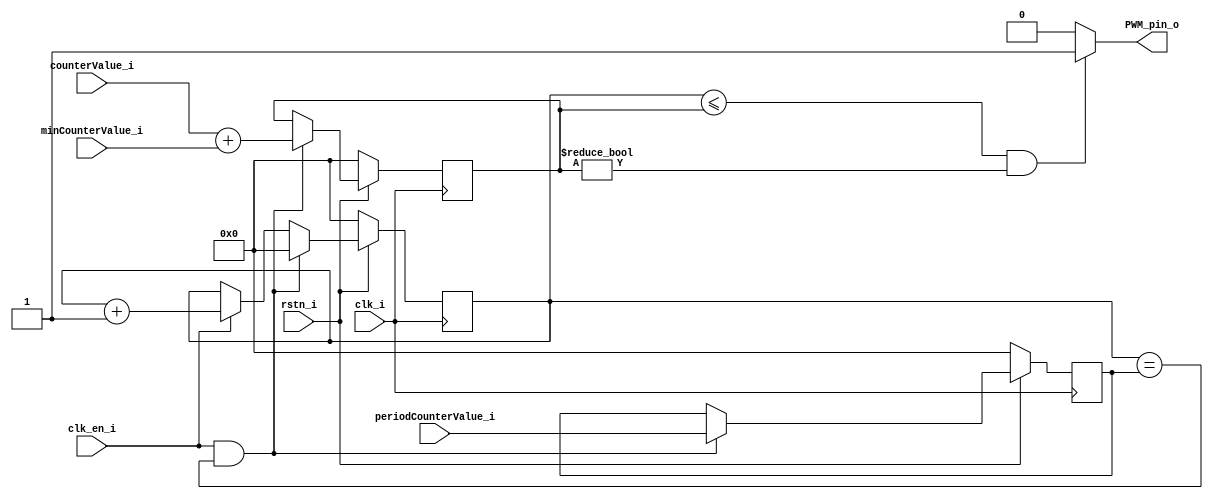
// Copyright 2023 Dominik Brandstetter
//
// Licensed under the Apache License, Version 2.0 (the "License");
// you may not use this file except in compliance with the License.
// You may obtain a copy of the License at
//
// http://www.apache.org/licenses/LICENSE2.0
//
// Unless required by applicable law or agreed to in writing, software
// distributed under the License is distributed on an "AS IS" BASIS,
// WITHOUT WARRANTIES OR CONDITIONS OF ANY KIND, either express or implied.
// See the License for the specific language governing permissions and
// limitations under the License.

module PWM_controller #(parameter COUNTER_BITWIDTH = 5)(
    input wire clk_i,
    input wire clk_en_i,
    input wire rstn_i,
    input wire [COUNTER_BITWIDTH-1:0] counterValue_i,
    input wire [COUNTER_BITWIDTH-1:0] minCounterValue_i,
    input wire [COUNTER_BITWIDTH  :0] periodCounterValue_i,
    output wire PWM_pin_o
);

reg [COUNTER_BITWIDTH:0] counterValue;
reg [COUNTER_BITWIDTH:0] periodCounterValue;
reg [COUNTER_BITWIDTH:0] counter;

always @(posedge clk_i) begin

    if (!rstn_i) begin
        counter <= 0;
        counterValue <= 0;
        periodCounterValue <= 0;
    end else if (clk_en_i && counter == periodCounterValue) begin
        counter <= 0;
        periodCounterValue <= periodCounterValue_i;
        counterValue <= counterValue_i + minCounterValue_i;
    end else if (clk_en_i) begin
        counter <= counter + 1;
    end
end

assign PWM_pin_o = (counter <= counterValue && counterValue != 0) ? 1 : 0;

endmodule